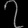
Digit: ၇